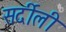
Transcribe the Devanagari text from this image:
सर्दीली